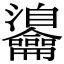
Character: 𪛎